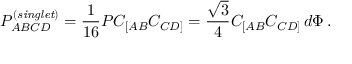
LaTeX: P _ { A B C D } ^ { \left( { \it s i n g l e t } \right) } = \frac { 1 } { 1 6 } P C _ { [ A B } C _ { C D ] } = \frac { \sqrt { 3 } } { 4 } C _ { [ A B } C _ { C D ] } \, d \Phi \, .